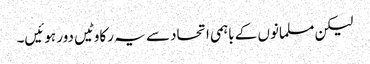
لیکن مسلمانوں کے باہمی اتحاد سے یہ رکاوٹیں دور ہوئیں۔